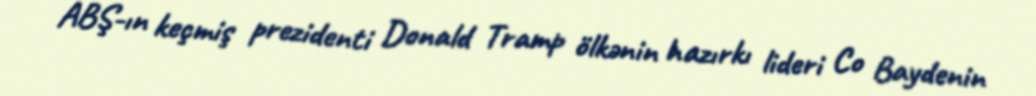
ABŞ-ın keçmiş prezidenti Donald Tramp ölkənin hazırkı lideri Co Baydenin